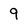
Character: 9